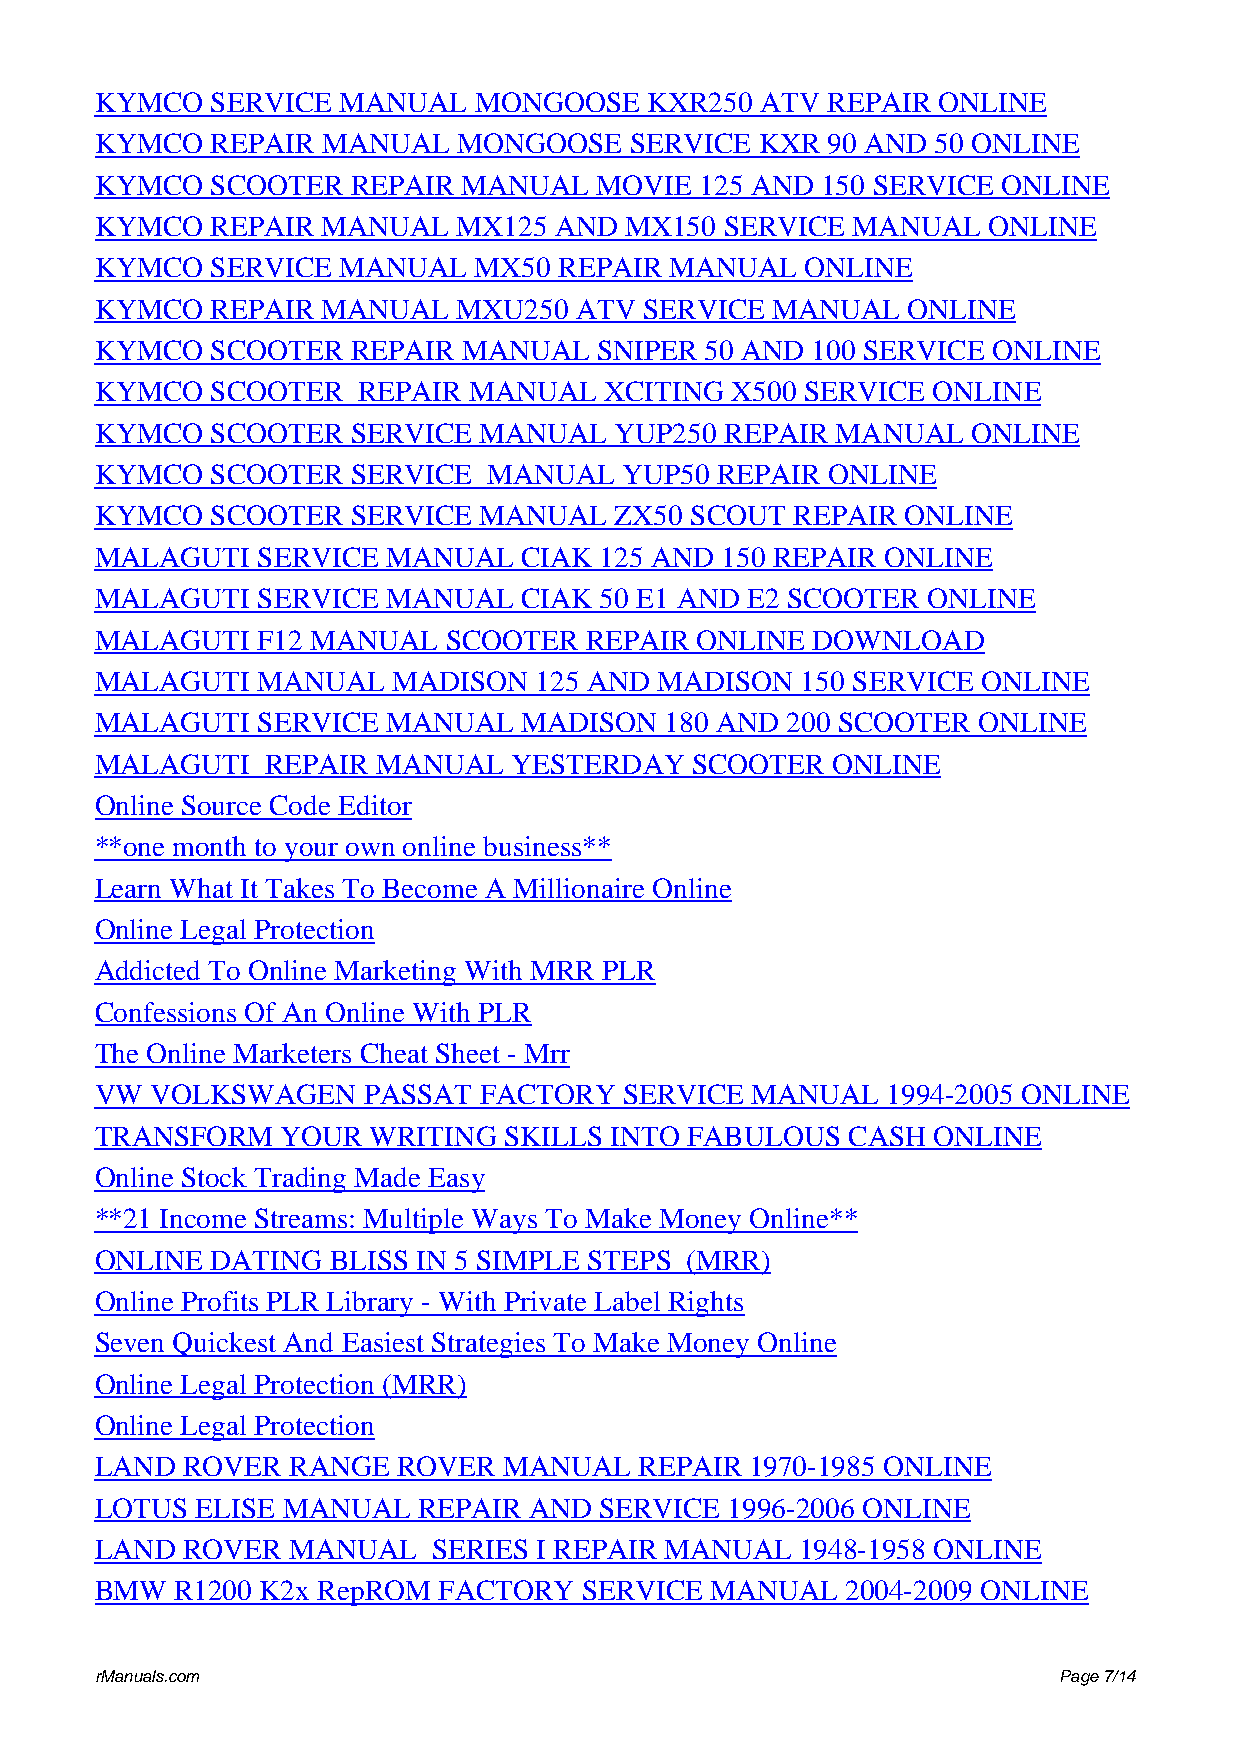
KYMCO   SERVICE MANUAL   MONGOOSE    KXR250 ATV  REPAIR ONLINE
 KYMCO   REPAIR MANUAL   MONGOOSE    SERVICE KXR  90 AND 50 ONLINE
 KYMCO   SCOOTER  REPAIR  MANUAL   MOVIE 125 AND 150 SERVICE ONLINE
 KYMCO   REPAIR MANUAL   MX125  AND MX150  SERVICE MANUAL   ONLINE
 KYMCO   SERVICE MANUAL   MX50  REPAIR MANUAL   ONLINE
 KYMCO   REPAIR MANUAL   MXU250  ATV  SERVICE MANUAL   ONLINE
 KYMCO   SCOOTER  REPAIR  MANUAL   SNIPER 50 AND 100 SERVICE ONLINE
 KYMCO   SCOOTER   REPAIR MANUAL   XCITING X500 SERVICE  ONLINE
 KYMCO   SCOOTER  SERVICE  MANUAL   YUP250 REPAIR MANUAL   ONLINE
 KYMCO   SCOOTER  SERVICE  MANUAL   YUP50 REPAIR  ONLINE
 KYMCO   SCOOTER  SERVICE  MANUAL   ZX50 SCOUT REPAIR  ONLINE
 MALAGUTI   SERVICE  MANUAL   CIAK 125 AND 150 REPAIR ONLINE
 MALAGUTI   SERVICE  MANUAL   CIAK 50 E1 AND E2 SCOOTER ONLINE
 MALAGUTI   F12 MANUAL  SCOOTER   REPAIR ONLINE  DOWNLOAD
 MALAGUTI   MANUAL   MADISON  125 AND  MADISON  150 SERVICE ONLINE
 MALAGUTI   SERVICE  MANUAL   MADISON  180 AND 200 SCOOTER  ONLINE
 MALAGUTI    REPAIR MANUAL   YESTERDAY   SCOOTER  ONLINE
 Online Source Code Editor
 **one month to your own online business**
 Learn What It Takes To Become A Millionaire Online
 Online Legal Protection
 Addicted To Online Marketing With MRR PLR
 Confessions Of An Online With PLR
 The Online Marketers Cheat Sheet - Mrr
 VW  VOLKSWAGEN    PASSAT  FACTORY  SERVICE  MANUAL   1994-2005 ONLINE
 TRANSFORM    YOUR WRITING  SKILLS INTO FABULOUS   CASH  ONLINE
 Online Stock Trading Made Easy
 **21 Income Streams: Multiple Ways To Make Money Online**
 ONLINE  DATING  BLISS IN 5 SIMPLE STEPS (MRR)
 Online Profits PLR Library - With Private Label Rights
 Seven Quickest And Easiest Strategies To Make Money Online
 Online Legal Protection (MRR)
 Online Legal Protection
 LAND  ROVER  RANGE  ROVER  MANUAL   REPAIR  1970-1985 ONLINE
 LOTUS  ELISE MANUAL   REPAIR AND  SERVICE 1996-2006 ONLINE
 LAND  ROVER  MANUAL    SERIES I REPAIR MANUAL  1948-1958 ONLINE
 BMW   R1200 K2x RepROM FACTORY  SERVICE  MANUAL   2004-2009 ONLINE
 rManuals.com                                                    Page 7/14